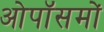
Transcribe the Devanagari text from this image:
ओपॉसमों